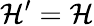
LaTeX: \mathcal{H^{\prime}}=\mathcal{H}